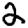
Digit: 2